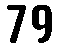
79